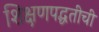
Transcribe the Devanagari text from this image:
शिक्षणपद्धतीची